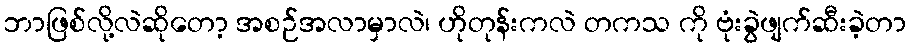
ဘာဖြစ်လို့လဲဆိုတော့ အစဉ်အလာမှာလဲ၊ ဟိုတုန်းကလဲ တကသ ကို ဗုံးခွဲဖျက်ဆီးခဲ့တာ